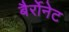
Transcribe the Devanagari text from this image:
बैर्रोनेट